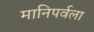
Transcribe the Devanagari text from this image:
मानिपर्वला